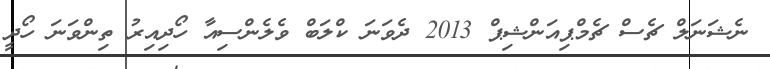
ނެޝަނަލް ޗެސް ޗެމްޕިއަންޝިޕް 2013 ދެވަނަ ކްލަބް ވެލެންސިއާ ހޯދިއިރު ތިންވަނަ ހޯދީ